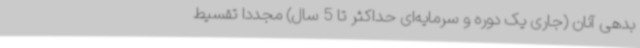
بدهی آنان (جاری یک دوره و سرمایه‌ای حداکثر تا 5 سال) مجدداً تقسیط